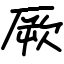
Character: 厥